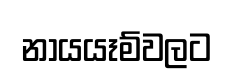
නායයෑම්වලට